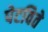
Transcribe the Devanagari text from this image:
पेटविते